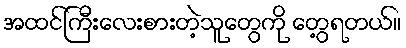
အထင်ကြီးလေးစားတဲ့သူတွေကို တွေ့ရတယ်။